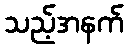
သည့်အနက်